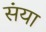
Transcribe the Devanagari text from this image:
संया